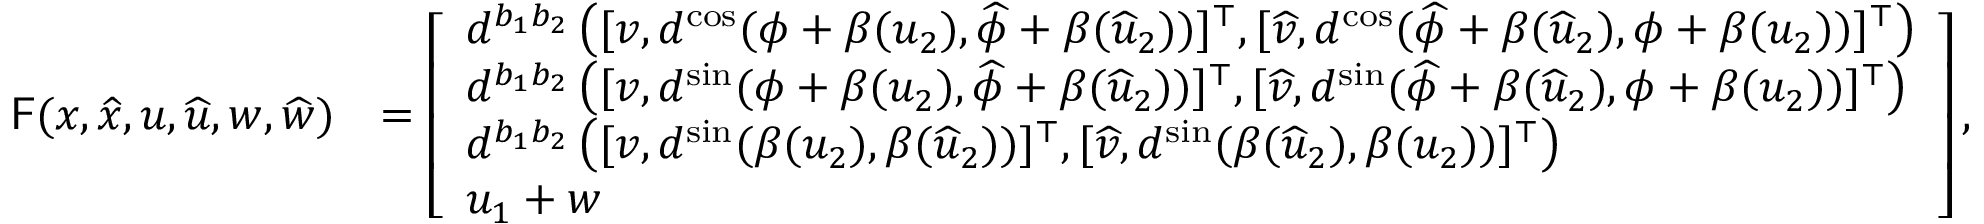
\begin{array} { r l } { \mathsf { F } ( { x } , \widehat { x } , { u } , \widehat { u } , { w } , \widehat { w } ) } & { = \left[ \begin{array} { l } { d ^ { b _ { 1 } b _ { 2 } } \left( [ { v } , d ^ { \mathrm { c o s } } ( { \phi } + \beta ( { u } _ { 2 } ) , \widehat { \phi } + \beta ( \widehat { u } _ { 2 } ) ) ] ^ { \top } , [ \widehat { v } , d ^ { \mathrm { c o s } } ( \widehat { \phi } + \beta ( \widehat { u } _ { 2 } ) , { \phi } + \beta ( { u } _ { 2 } ) ) ] ^ { \top } \right) } \\ { d ^ { b _ { 1 } b _ { 2 } } \left( [ { v } , d ^ { \mathrm { s i n } } ( { \phi } + \beta ( { u } _ { 2 } ) , \widehat { \phi } + \beta ( \widehat { u } _ { 2 } ) ) ] ^ { \top } , [ \widehat { v } , d ^ { \mathrm { s i n } } ( \widehat { \phi } + \beta ( \widehat { u } _ { 2 } ) , { \phi } + \beta ( { u } _ { 2 } ) ) ] ^ { \top } \right) } \\ { d ^ { b _ { 1 } b _ { 2 } } \left( [ { v } , d ^ { \mathrm { s i n } } ( \beta ( { u } _ { 2 } ) , \beta ( \widehat { u } _ { 2 } ) ) ] ^ { \top } , [ \widehat { v } , d ^ { \mathrm { s i n } } ( \beta ( \widehat { u } _ { 2 } ) , \beta ( { u } _ { 2 } ) ) ] ^ { \top } \right) } \\ { { u _ { 1 } } + { w } } \end{array} \right] , } \end{array}